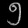
Digit: ၅